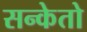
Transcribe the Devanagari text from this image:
सन्केतो